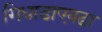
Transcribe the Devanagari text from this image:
गिधाडाएवढा